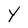
Character: Y